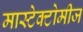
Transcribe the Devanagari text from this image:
मास्टेक्टोमीज